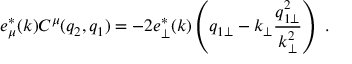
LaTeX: e _ { \mu } ^ { * } ( k ) C ^ { \mu } ( q _ { 2 } , q _ { 1 } ) = - 2 e _ { \perp } ^ { * } ( k ) \left( q _ { 1 \perp } - k _ { \perp } \frac { q _ { 1 \perp } ^ { 2 } } { k _ { \perp } ^ { 2 } } \right) ~ .